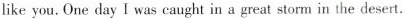
like you. One day I was caught in a great storm in the desert.